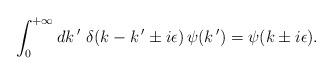
LaTeX: \begin{align*}\int_0^{+\infty} dk\,'\,\,\delta(k-k\,'\pm i\epsilon)\,\psi (k\,')=\psi (k \pm i\epsilon).\end{align*}